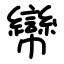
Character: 㡩